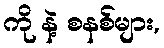
ကို နဲ့ စနစ်များ,